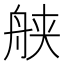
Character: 𱼹